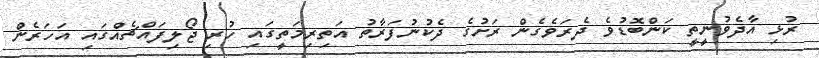
ރުޅި އާދެވުނީތީ ކަންބޮޑުވެ ދެރަވެގެން ރަށުގެ ދެކުނުފަރާތު އަތިރިމަތީގައި ހުރި ޖޯލިފައްޗެއްގައި އަހަރެން